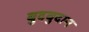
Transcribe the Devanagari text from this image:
बुदबुदान